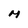
Character: M